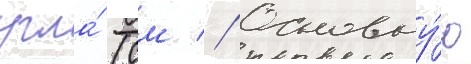
угла́ (см // Основну́ю